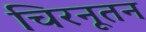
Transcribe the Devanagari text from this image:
चिरनूतन